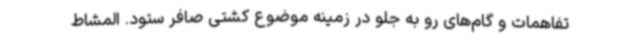
تفاهمات و گام‌های رو به جلو در زمینه موضوع کشتی صافر ستود. المشاط